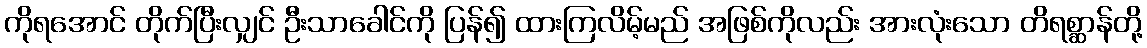
ကိုရအောင် တိုက်ပြီးလျှင် ဦးသာခေါင်ကို ပြန်၍ ထားကြလိမ့်မည် အဖြစ်ကိုလည်း အားလုံးသော တိရစ္ဆာန်တို့